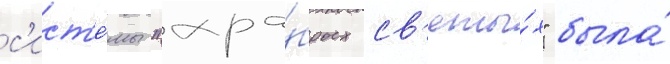
с'ист'е́мы "хра́брых св'яты́х" была́